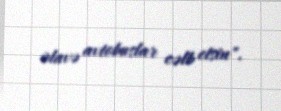
əlavə avtobuslar cəlb etsin".